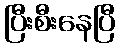
ပြီးစီးနေပြီ